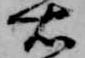
右